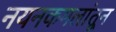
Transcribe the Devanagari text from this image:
नयनकमलांतून